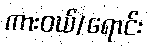
ကားဝယ်/ရောင်း